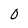
Character: 0